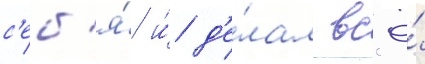
с'еб'я́ и́ д'е́лал вс'ё́